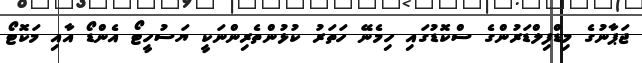
ޖަޕާނުގެ މިޑްފިލްޑަރުންގެ ސްކޮޑުގައި ހިމެނޭ ހަތަރު ކުޅުންތެރިންނަކީ ޔަސުހީޓޯ އެންޑޯ އާއި މަކޮޓޯ